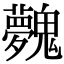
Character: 𩴲